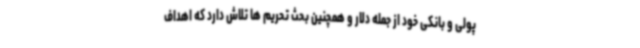
پولی و بانکی خود از جمله دلار و همچنین بحث تحریم ها تلاش دارد که اهداف